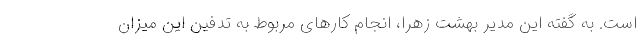
است. به گفته این مدیر بهشت زهرا، انجام کارهای مربوط به تدفین این میزان